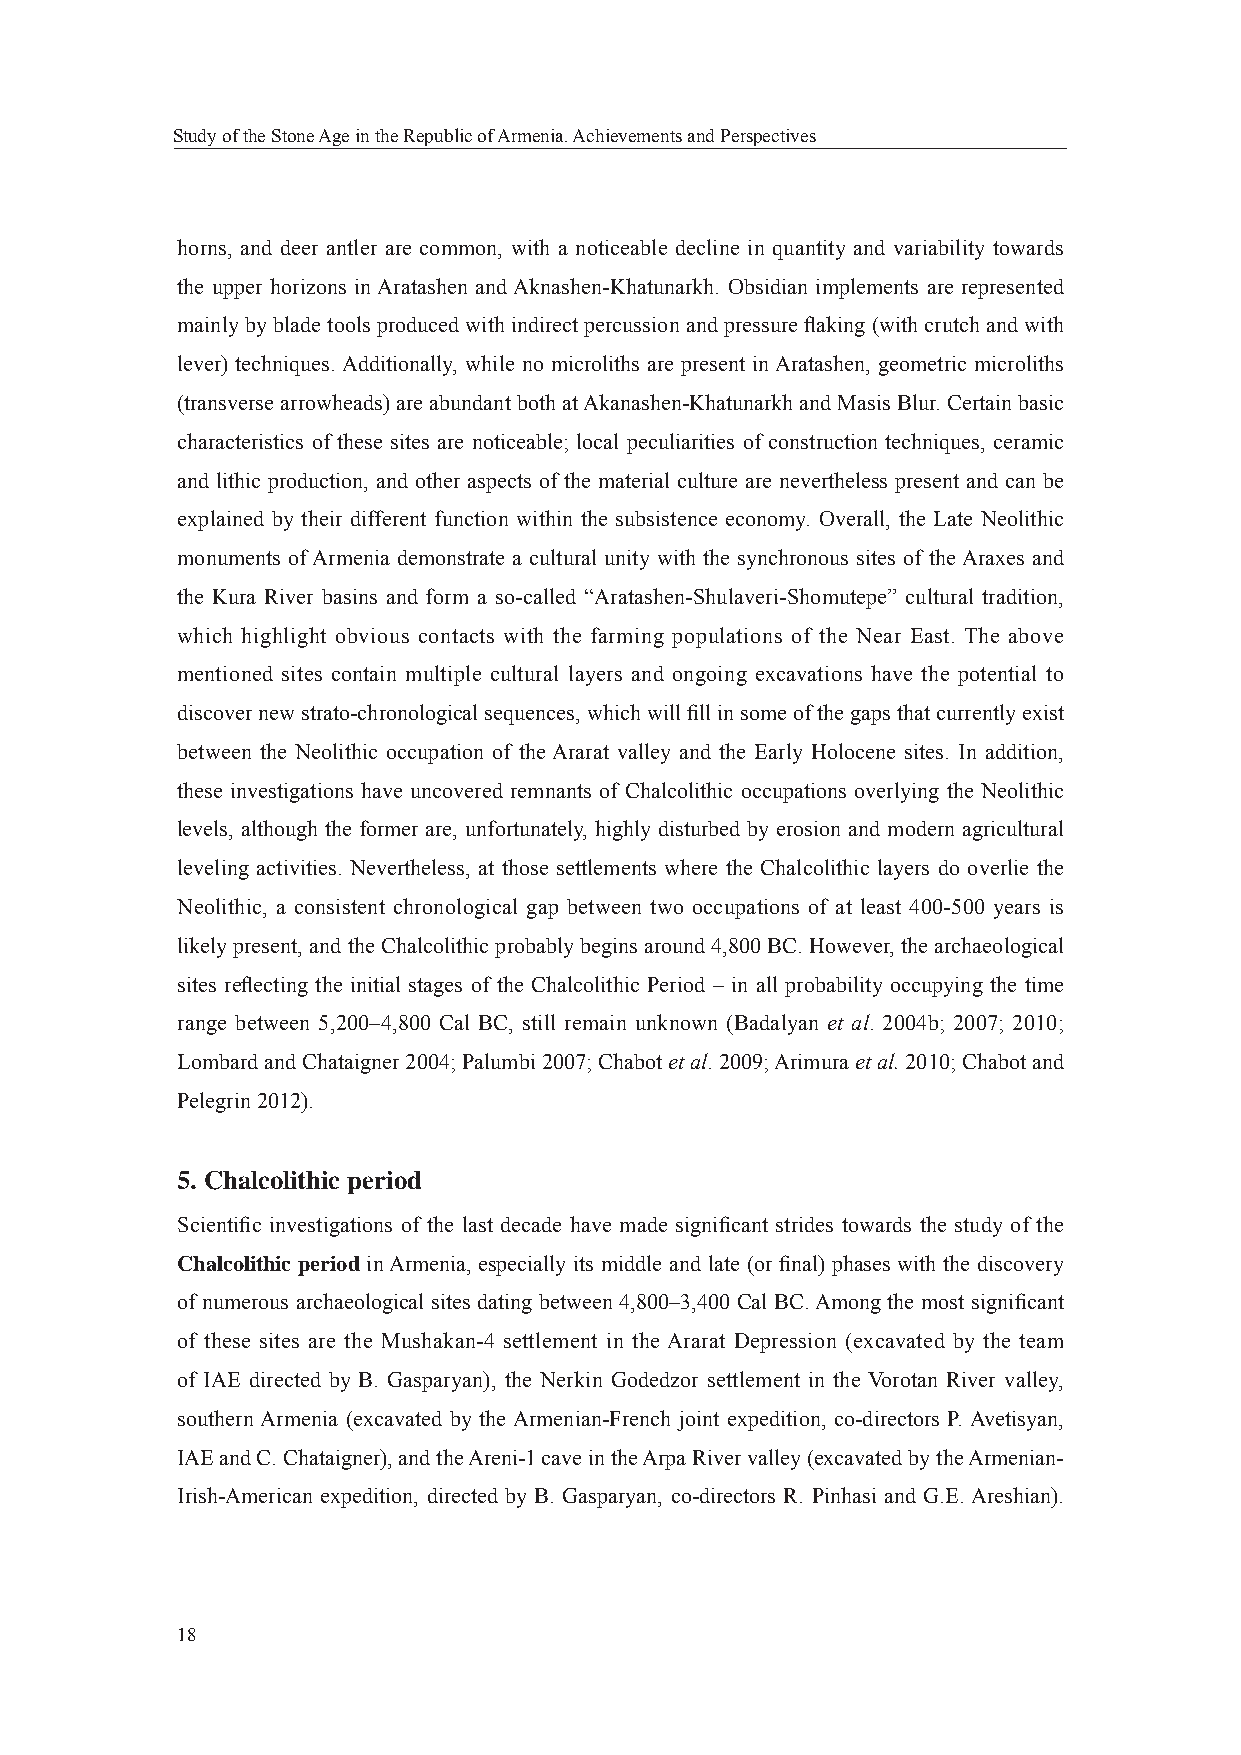
Study of the Stone Age in the Republic of Armenia. Achievements and Perspectives
 horns, and deer antler are common, with a noticeable decline in quantity and variability towards
 the upper horizons in Aratashen and Aknashen-Khatunarkh. Obsidian implements are represented
 mainly by blade tools produced with indirect percussion and pressure fl aking (with crutch and with
 lever) techniques. Additionally, while no microliths are present in Aratashen, geometric microliths
 (transverse arrowheads) are abundant both at Akanashen-Khatunarkh and Masis Blur. Certain basic
 characteristics of these sites are noticeable; local peculiarities of construction techniques, ceramic
 and lithic production, and other aspects of the material culture are nevertheless present and can be
 explained by their different function within the subsistence economy. Overall, the Late Neolithic
 monuments of Armenia demonstrate a cultural unity with the synchronous sites of the Araxes and
 the Kura River basins and form a so-called “Aratashen-Shulaveri-Shomutepe” cultural tradition,
 which highlight obvious contacts with the farming populations of the Near East. The above
 mentioned sites contain multiple cultural layers and ongoing excavations have the potential to
 discover new strato-chronological sequences, which will fi ll in some of the gaps that currently exist
 between the Neolithic occupation of the Ararat valley and the Early Holocene sites. In addition,
 these investigations have uncovered remnants of Chalcolithic occupations overlying the Neolithic
 levels, although the former are, unfortunately, highly disturbed by erosion and modern agricultural
 leveling activities. Nevertheless, at those settlements where the Chalcolithic layers do overlie the
 Neolithic, a consistent chronological gap between two occupations of at least 400-500 years is
 likely present, and the Chalcolithic probably begins around 4,800 BC. However, the archaeological
 sites refl ecting the initial stages of the Chalcolithic Period – in all probability occupying the time
 range between 5,200–4,800 Cal BC, still remain unknown (Badalyan et al. 2004b; 2007; 2010;
 Lombard and Chataigner 2004; Palumbi 2007; Chabot et al. 2009; Arimura et al. 2010; Chabot and
 Pelegrin 2012).
 5. Chalcolithic period
 Scientifi c investigations of the last decade have made signifi cant strides towards the study of the
 Chalcolithic period in Armenia, especially its middle and late (or fi nal) phases with the discovery
 of numerous archaeological sites dating between 4,800–3,400 Cal BC. Among the most signifi cant
 of these sites are the Mushakan-4 settlement in the Ararat Depression (excavated by the team
 of IAE directed by B. Gasparyan), the Nerkin Godedzor settlement in the Vorotan River valley,
 southern Armenia (excavated by the Armenian-French joint expedition, co-directors P. Avetisyan,
 IAE and C. Chataigner), and the Areni-1 cave in the Arpa River valley (excavated by the Armenian-
 Irish-American expedition, directed by B. Gasparyan, co-directors R. Pinhasi and G.E. Areshian).
 18